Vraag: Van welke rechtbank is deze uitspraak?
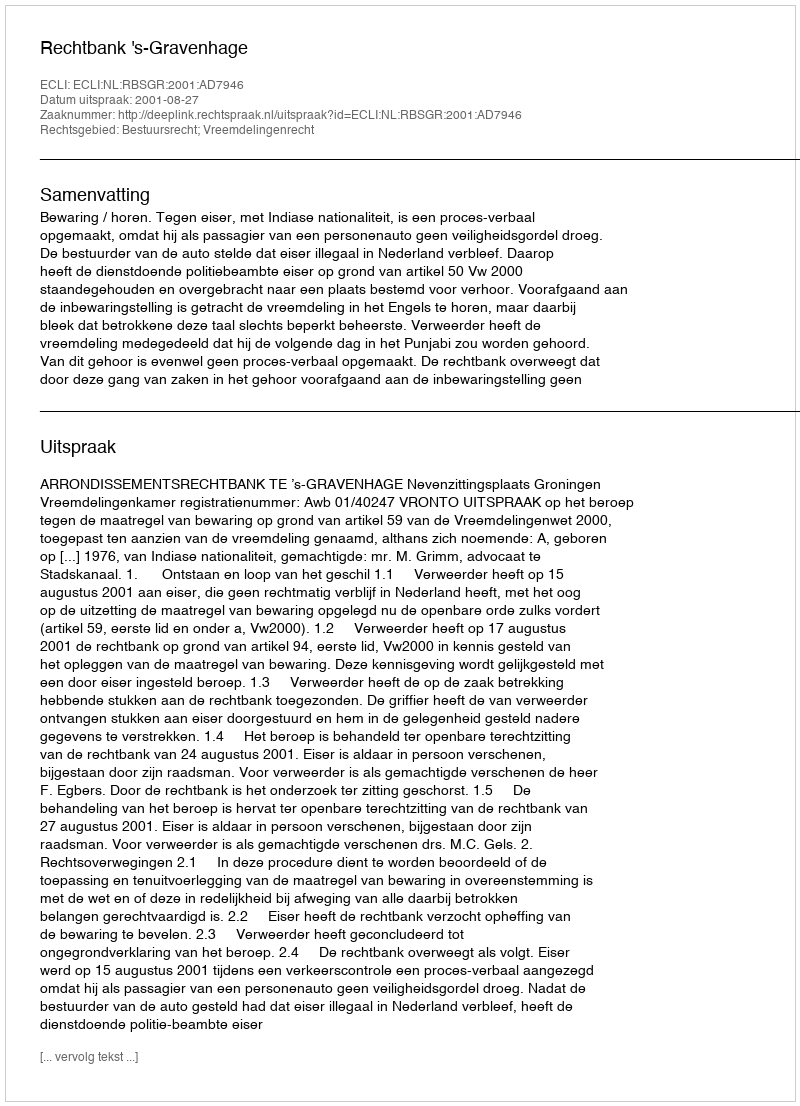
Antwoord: Rechtbank 's-Gravenhage